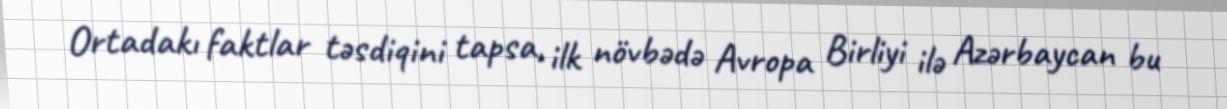
Ortadakı faktlar təsdiqini tapsa, ilk növbədə Avropa Birliyi ilə Azərbaycan bu